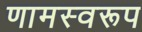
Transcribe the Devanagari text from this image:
णामस्वरूप